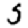
Digit: 3